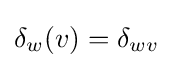
\delta _{w}(v)=\delta _{wv}